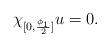
LaTeX: \begin{align*}\chi _{\lbrack 0,\frac{\phi _{1}}{2}]}u=0. \end{align*}